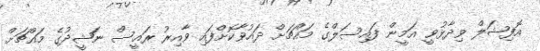
އޮފިޝަލް ވިދާޅުވީ އަމީން ފައިސަލްގެ މައްޗަށް ދައުވާކޮށްފައި ވާއިރު ރައީސް ނަޝީދުގެ މައްޗަށް